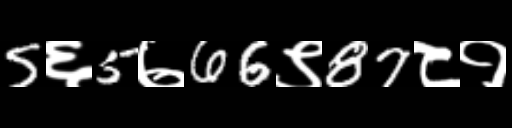
Text: 5६5७66९87८१